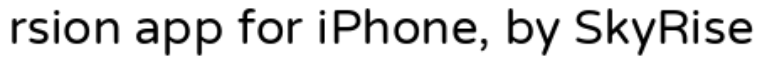
rsion app for iPhone, by SkyRise